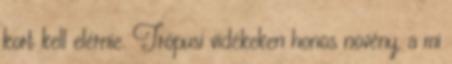
kort kell elérnie. Trópusi vidékeken honos növény, a mi